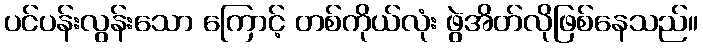
ပင်ပန်းလွန်းသော ကြောင့် တစ်ကိုယ်လုံး ဖွဲအိတ်လိုဖြစ်နေသည်။